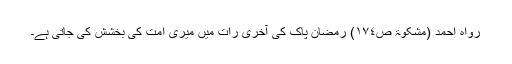
رواہ احمد (مشکوٰۃ ص١٧٤) رمضانِ پاک کی آخری رات میں میری امت کی بخشش کی جاتی ہے۔